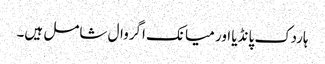
ہاردک پانڈیا اور میانک اگروال شامل ہیں۔